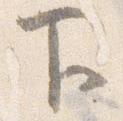
下